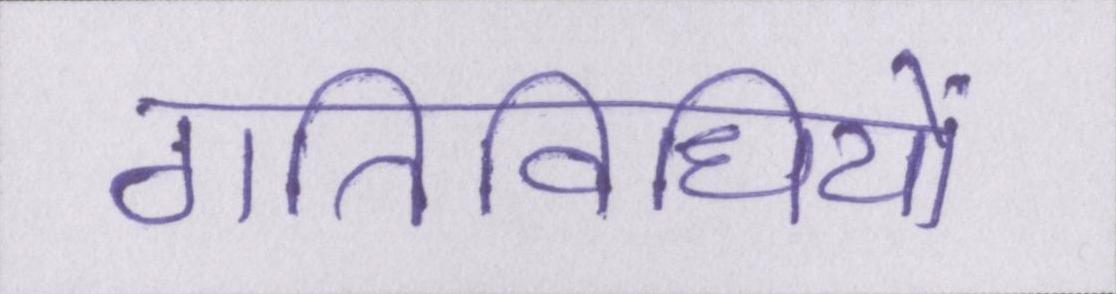
गतिविधियों